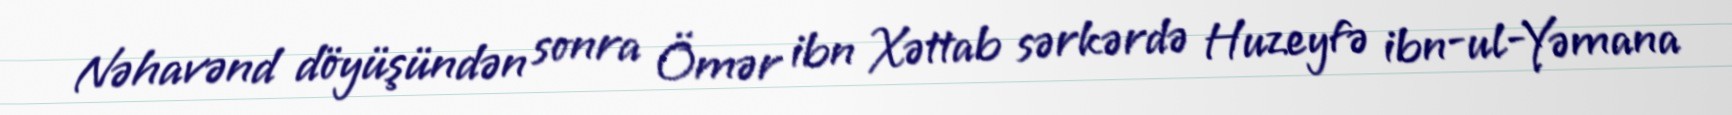
Nəhavənd döyüşündən sonra Ömər ibn Xəttab sərkərdə Huzeyfə ibn-ul-Yəmana